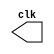
// -- JOS F. R. FONSECA - 405808
module clock ( clk ); 
 output clk; 
 reg      clk; 
 
 initial 
  begin 
   clk = 1'b0; 
  end 
 
 always 
  begin 
   #12 clk = ~clk; 
  end 
endmodule